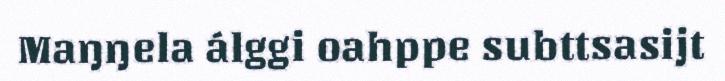
Maŋŋela álggi oahppe subttsasijt